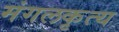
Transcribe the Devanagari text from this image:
मंगलकृत्य